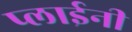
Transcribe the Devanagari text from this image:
प्लाईनी